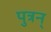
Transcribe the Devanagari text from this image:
पुत्रन्